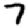
Digit: 7